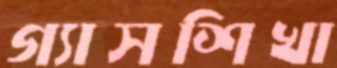
গ্যাসশিখা